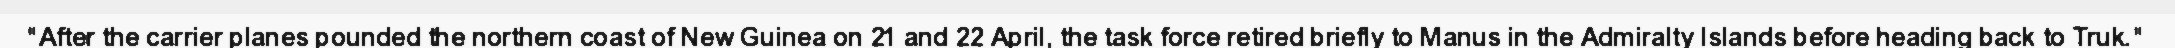
"After the carrier planes pounded the northern coast of New Guinea on 21 and 22 April, the task force retired briefly to Manus in the Admiralty Islands before heading back to Truk."